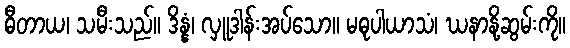
ဓီတာယ၊ သမီးသည်။ ဒိန္နံ၊ လှူဒါန်းအပ်သော။ မဓုပါယာသံ၊ ဃနာနို့ဆွမ်းကို။